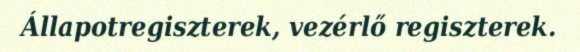
Állapotregiszterek, vezérlő regiszterek.